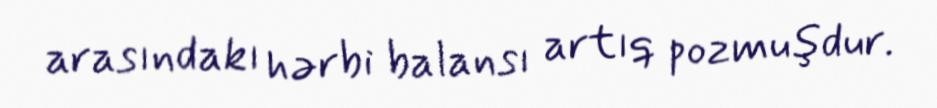
arasındakı hərbi balansı artıq pozmuşdur.